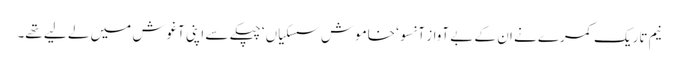
نیم تاریک کمرے نے ان کے بے آواز آنسو ‘ خاموش سسکیاں ‘ چپکے سے اپنی آغوش میں لے لیے تھے۔